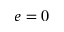
e = 0